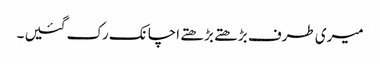
میری طرف بڑھتے بڑھتے اچانک رک گئیں ۔